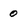
Character: 0